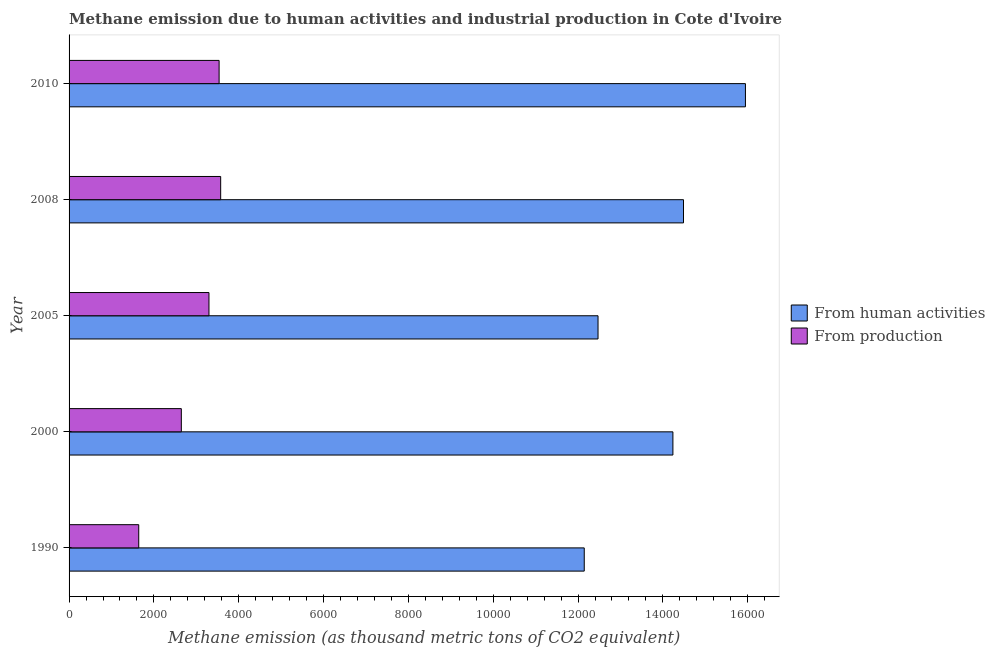
| Year | From human activities | From production |
 | --- | --- | --- |
 | 1990 | 1.21e+04 | 1.64e+03 |
 | 2000 | 1.42e+04 | 2.65e+03 |
 | 2005 | 1.25e+04 | 3.3e+03 |
 | 2008 | 1.45e+04 | 3.57e+03 |
 | 2010 | 1.59e+04 | 3.54e+03 |